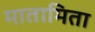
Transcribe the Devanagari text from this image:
मातामिता